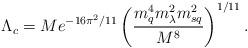
LaTeX: \begin{align*}\Lambda_{c} = M e^{-16\pi^2/11}\left(\frac{m_q^4 m_\lambda^2 m_{sq}^2}{M^8}\right)^{1/11}.\end{align*}